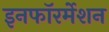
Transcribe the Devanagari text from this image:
इनफॉरर्मेशन